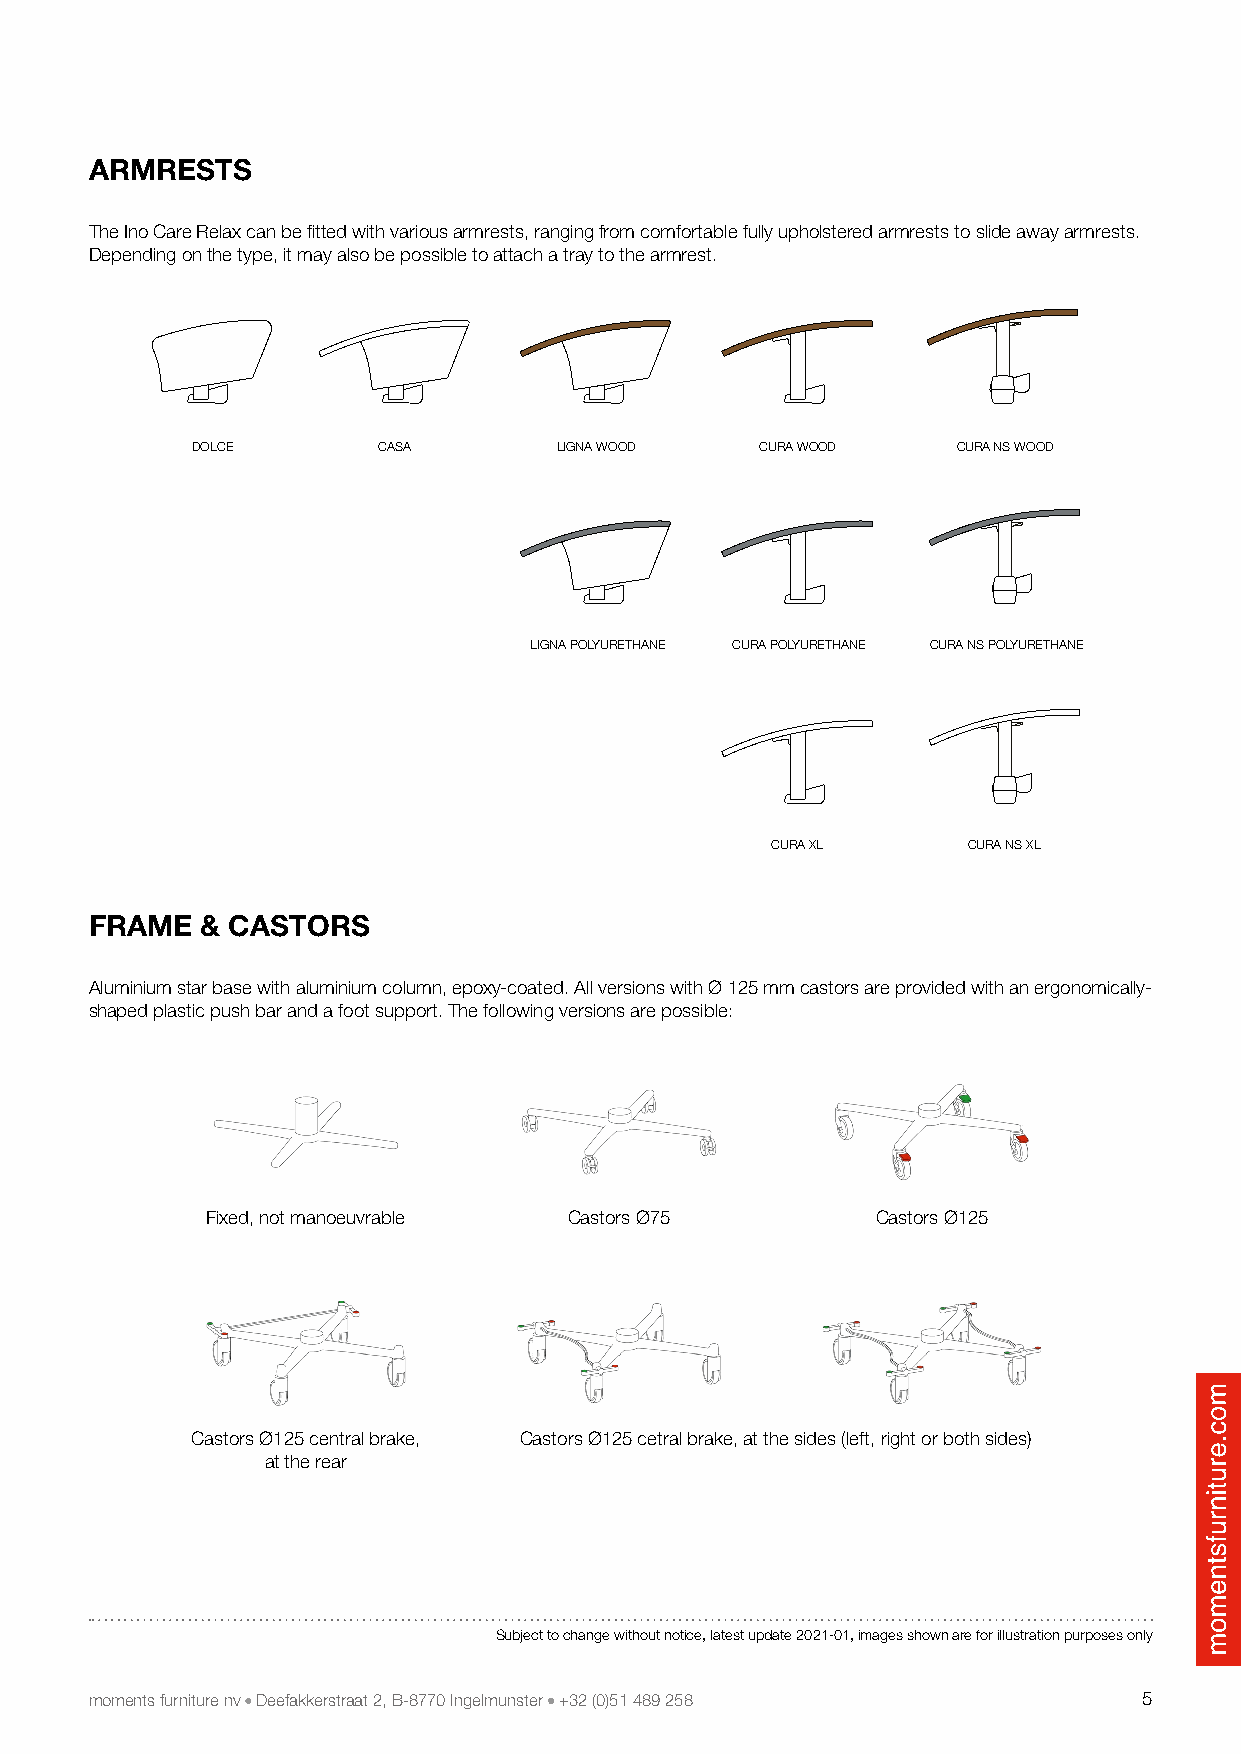
ARMRESTS
 The Ino Care Relax can be fitted with various armrests, ranging from comfortable fully upholstered armrests to slide away armrests.
 Depending on the type, it may also be possible to attach a tray to the armrest.
 DOLCE       CASA        LIGNA WOOD   CURA WOOD    CURA NS WOOD
 LIGNA POLYURETHANE CURA POLYURETHANE CURA NS POLYURETHANE
 CURA XL      CURA NS XL
 FRAME  & CASTORS
 Aluminium star base with aluminium column, epoxy-coated. All versions with Ø 125 mm castors are provided with an ergonomically-
 shaped plastic push bar and a foot support. The following versions are possible:
 Fixed, not manoeuvrable Castors Ø75         Castors Ø125
 Castors Ø125 central brake, Castors Ø125 cetral brake, at the sides (left, right or both sides)
 at the rear
 Subject to change without notice, latest update 2021-01, images shown are for illustration purposes only
 moments furniture nv Deefakkerstraat 2, B-8770 Ingelmunster +32 (0)51 489 258 5